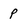
Character: p